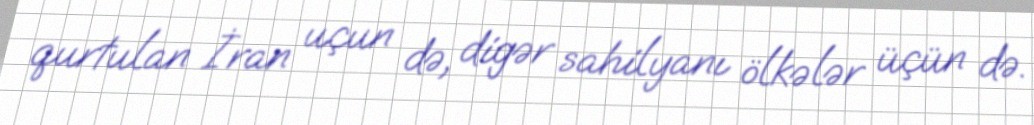
qurtulan İran uçun də, digər sahilyanı ölkələr üçün də.